Vaccination in the Punjab 1919-1929 - 1919-1929
Year: 1919
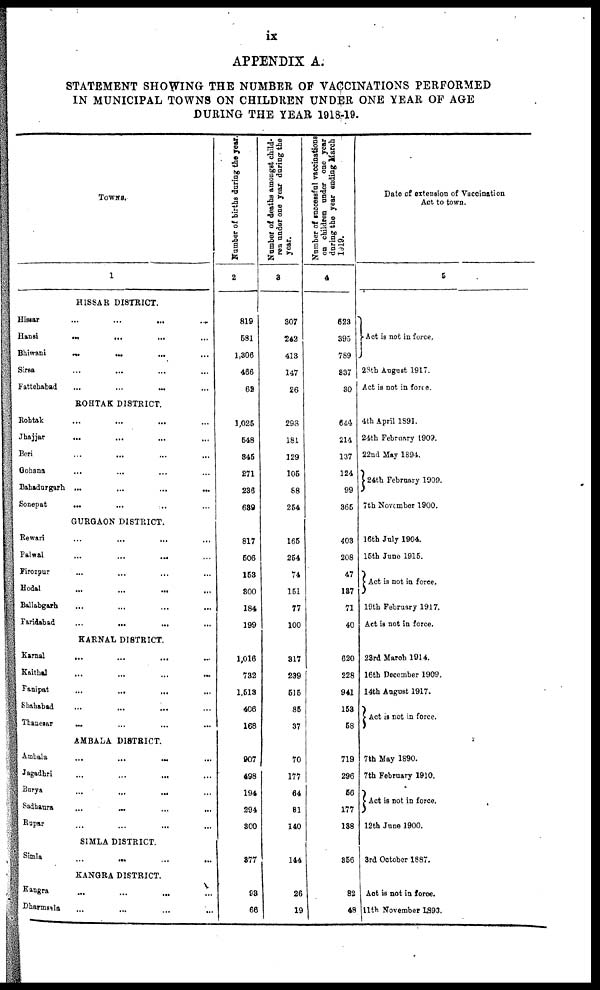
ix
APPENDIX A.
STATEMENT SHOWING THE NUMBER OF VACCINATIONS PERFORMED
IN MUNICIPAL TOWNS ON CHILDREN UNDER ONE YEAR OF AGE
DURING THE YEAR 1918-19.
TOWNS.
1
HISSAR DISTRICT.
Hissar
...
...
...
...
Hansi ... ... ... ...
Bhiwani
...
...
...
...
Sirsa ... ... ... ...
Fattehabad ... ... ... ...
ROHTAK DISTRICT.
Rohtak ... ... ... ...
Jhajjar ... ... ... ...
Beri ... ... ... ...
Gohana ... ... ... ...
Bahadurgarh ...
...
...
...
Sonepat
...
...
... ...
GURGAON DISTRICT.
Rewari ... ... ... ...
Palwal ... ... ... ...
Firozpur ... ... ... ...
Hodal ... ... ... ...
Ballabgarh ... ... ... ...
Faridabad
...
... ... ...
KARNAL DISTRICT.
Karnal
...
...
... ...
Kaithal ... ... ... ...
Panipat
...
...
... ...
Shahabad ... ... ... ...
Thanesar
...
...
...
...
AMBALA DISTRICT.
Ambala
...
...
... ...
Jagadhri
...
...
... ...
Burya ... ... ... ...
Sadhaura
...
... ... ...
Rupar ... ... ... ...
SIMLA DISTRICT.
Simla ... ... ... ...
KANGRA DISTRICT.
Kangra ... ... ... ...
Dharmsala ... ... ... ...
Number of births during the year.
2
819
581
1,306
466
62
1,025
548
345
271
236
639
817
506
153
300
184
199
1,016
732
1,513
406
168
907
498
194
294
300
377
93
66
Number of deaths amongst child-
ren under one year during the
year.
3
307
242
413
147
26
298
181
129
105
88
254
165
254
74
151
77
100
317
239
515
85
37
70
177
64
81
140
144
26
19
Number of successful vaccinations
on children under one year
during the year ending March
1919.
4
523
395
789
337
30
644
214
137
124
99
365
403
208
47
137
71
40
620
228
941
153
58
719
296
56
177
138
356
82
48
Date of extension of Vaccination
Act to town.
5
Act is not in force.
28th August 1917.
Act is not in force.
4th April 1891.
24th February 1909.
22nd May 1894.
24th February 1909.
7th November 1900.
16th July 1904.
15th June 1915.
Act is not in force.
19th February 1917.
Act is not in force.
23rd March 1914.
16th December 1909.
14th August 1917.
Act is not in force.
7th May 1890.
7th February 1910.
Act is not in force.
12th June 1900.
3rd October 1887.
Act is not in force.
11th November 1893.